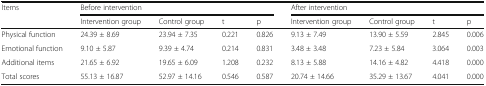
<table><thead><tr><td rowspan="2"><b>Items</b></td><td colspan="4"><b>Before intervention</b></td><td colspan="4"><b>After intervention</b></td></tr><tr><td><b>Intervention group</b></td><td><b>Control group</b></td><td><b>t</b></td><td><b>p</b></td><td><b>Intervention group</b></td><td><b>Control group</b></td><td><b>t</b></td><td><b>p</b></td></tr></thead><tbody><tr><td>Physical function</td><td>24.39 ± 8.69</td><td>23.94 ± 7.35</td><td>0.221</td><td>0.826</td><td>9.13 ± 7.49</td><td>13.90 ± 5.59</td><td>2.845</td><td>0.006</td></tr><tr><td>Emotional function</td><td>9.10 ± 5.87</td><td>9.39 ± 4.74</td><td>0.214</td><td>0.831</td><td>3.48 ± 3.48</td><td>7.23 ± 5.84</td><td>3.064</td><td>0.003</td></tr><tr><td>Additional items</td><td>21.65 ± 6.92</td><td>19.65 ± 6.09</td><td>1.208</td><td>0.232</td><td>8.13 ± 5.88</td><td>14.16 ± 4.82</td><td>4.418</td><td>0.000</td></tr><tr><td>Total scores</td><td>55.13 ± 16.87</td><td>52.97 ± 14.16</td><td>0.546</td><td>0.587</td><td>20.74 ± 14.66</td><td>35.29 ± 13.67</td><td>4.041</td><td>0.000</td></tr></tbody></table>